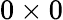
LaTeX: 0\times 0